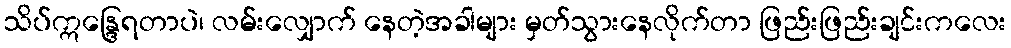
သိပ်ဣန္ဒြေရတာပဲ၊ လမ်းလျှောက် နေတဲ့အခါများ မှတ်သွားနေလိုက်တာ ဖြည်းဖြည်းချင်းကလေး